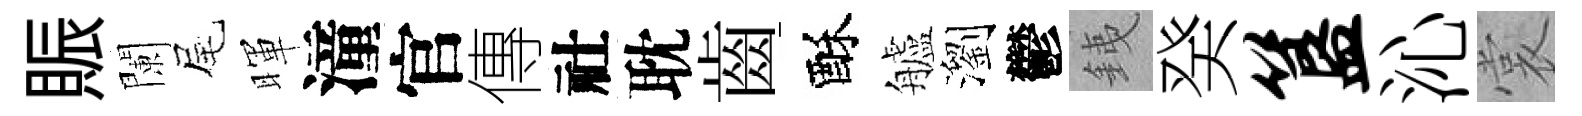
賑闌尾暉潼官傳社耽齒酥艫瀏鬱銕癸簋沁裳